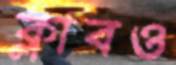
ক্লাবও